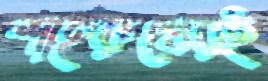
শাহরুখেরই